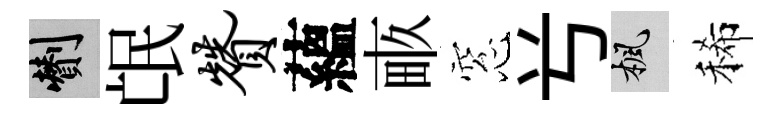
剪氓赞蘊畞窓𠔃楓稀